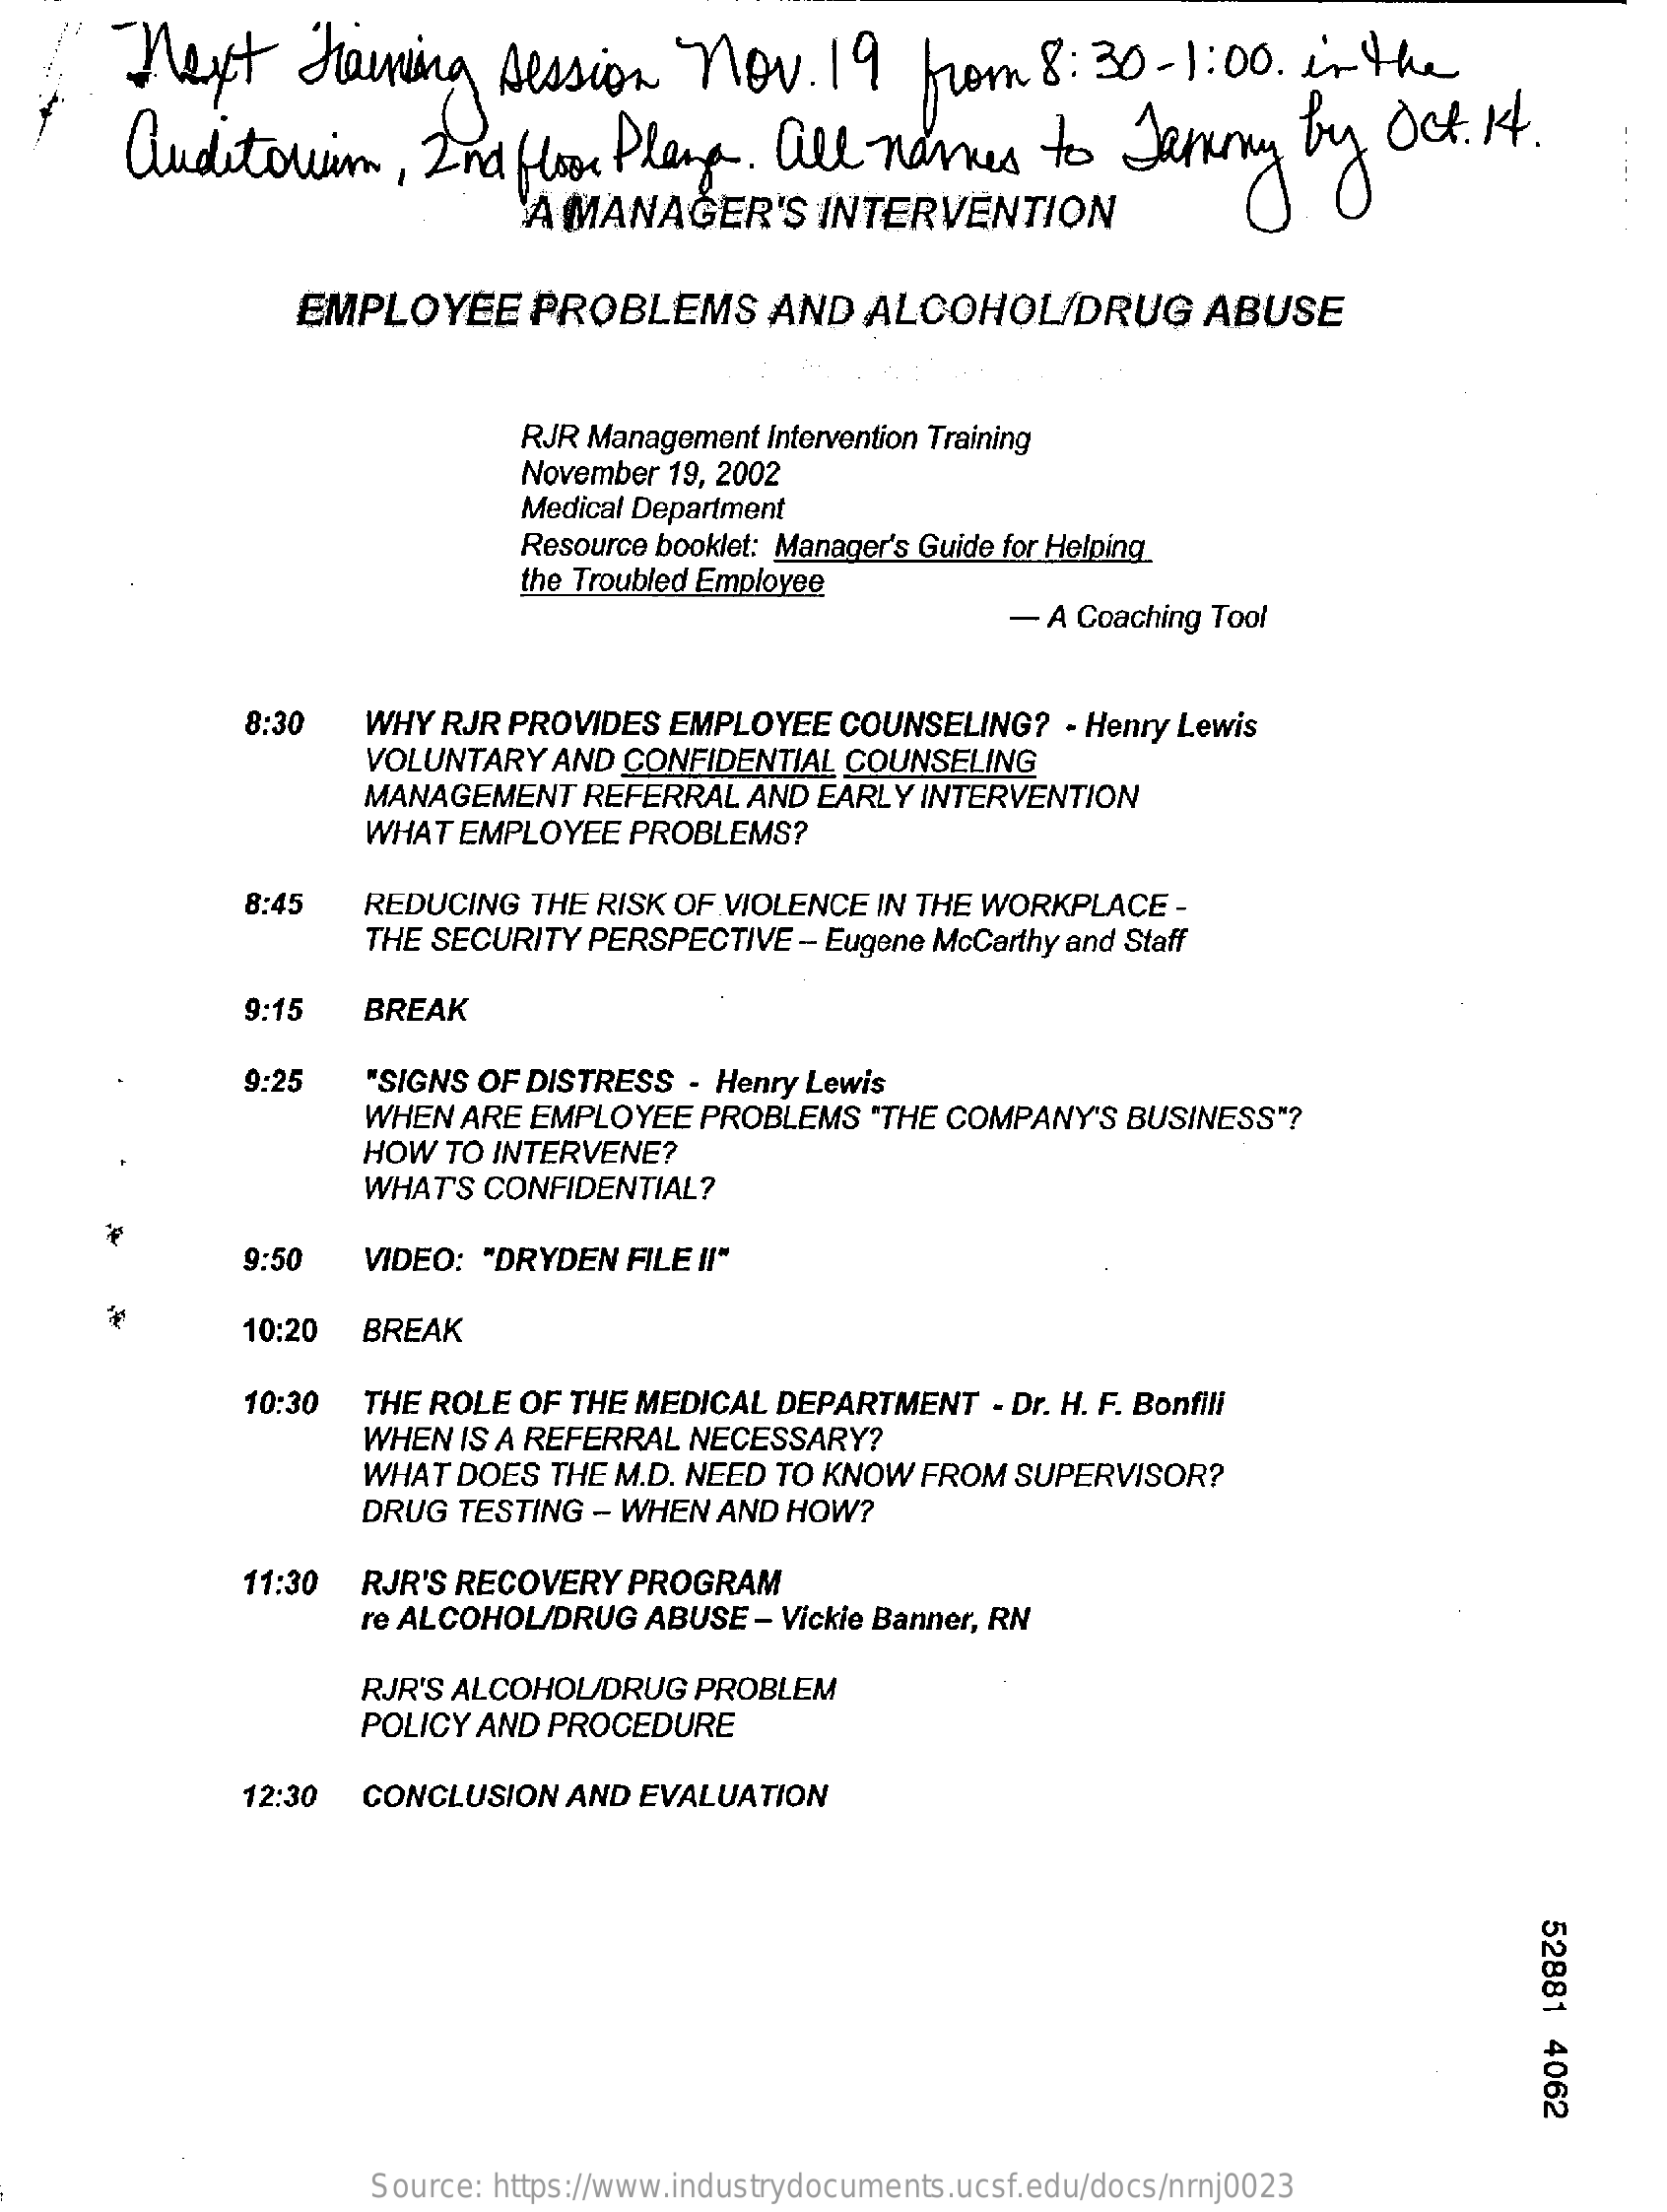
Next    Training    session    Nov.    19   from    8:  30-  1:00    in  the
     auditorium,    2nd   floor Plans.    all   names    to   Jammy    by   Oct.   1.
     A MANAGER'S    INTERVENTION
     EMPLOYEE    PROBLEMS    AND   ALCOHOL/DRUG    ABUSE
     RJR Management intervention Training
     November 19, 2002
     Medical Department
     Resource booklet: Manager's Guide for Helping
     the Troubled Employee
     - A Coaching Tool
     8:30    WHY RJR PROVIDES   EMPLOYEE   COUNSELING?   - Henry Lewis
     VOLUNTARY  AND  CONFIDENTIAL  COUNSELING
     MANAGEMENT   REFERRAL   AND EARLY  INTERVENTION
     WHAT EMPLOYEE   PROBLEMS?
     8:45    REDUCING  THE RISK OF VIOLENCE  IN THE WORKPLACE   -
     THE SECURITY  PERSPECTIVE  - Eugene McCarthy and Staff
     9:15    BREAK
     9:25    "SIGNS OF DISTRESS  - Henry Lewis
     WHEN  ARE EMPLOYEE   PROBLEMS   "THE COMPANY'S  BUSINESS"?
     HOW  TO INTERVENE?
     WHAT'S  CONFIDENTIAL?
     9:50   VIDEO:  "DRYDEN  FILE II"
     *
     10:20  BREAK
     10:30   THE ROLE OF THE MEDICAL  DEPARTMENT    - Dr. H. F. Bonfili
     WHEN  IS A REFERRAL  NECESSARY?
     WHAT  DOES  THE M.D. NEED  TO KNOW  FROM  SUPERVISOR?
     DRUG  TESTING  - WHEN  AND HOW?
     11:30  RJR'S RECOVERY   PROGRAM
     re ALCOHOL/DRUG   ABUSE  - Vickie Banner, RN
     RJR'S ALCOHOL/DRUG   PROBLEM
     POLICY AND  PROCEDURE
     12:30  CONCLUSION   AND  EVALUATION
     52881
     4062
     Source: https://www.industrydocuments.ucsf.edu/docs/nrnj0023